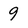
Character: 9